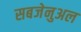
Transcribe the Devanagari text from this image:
सबजेनुअल